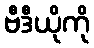
ဗီဒီယိုကို